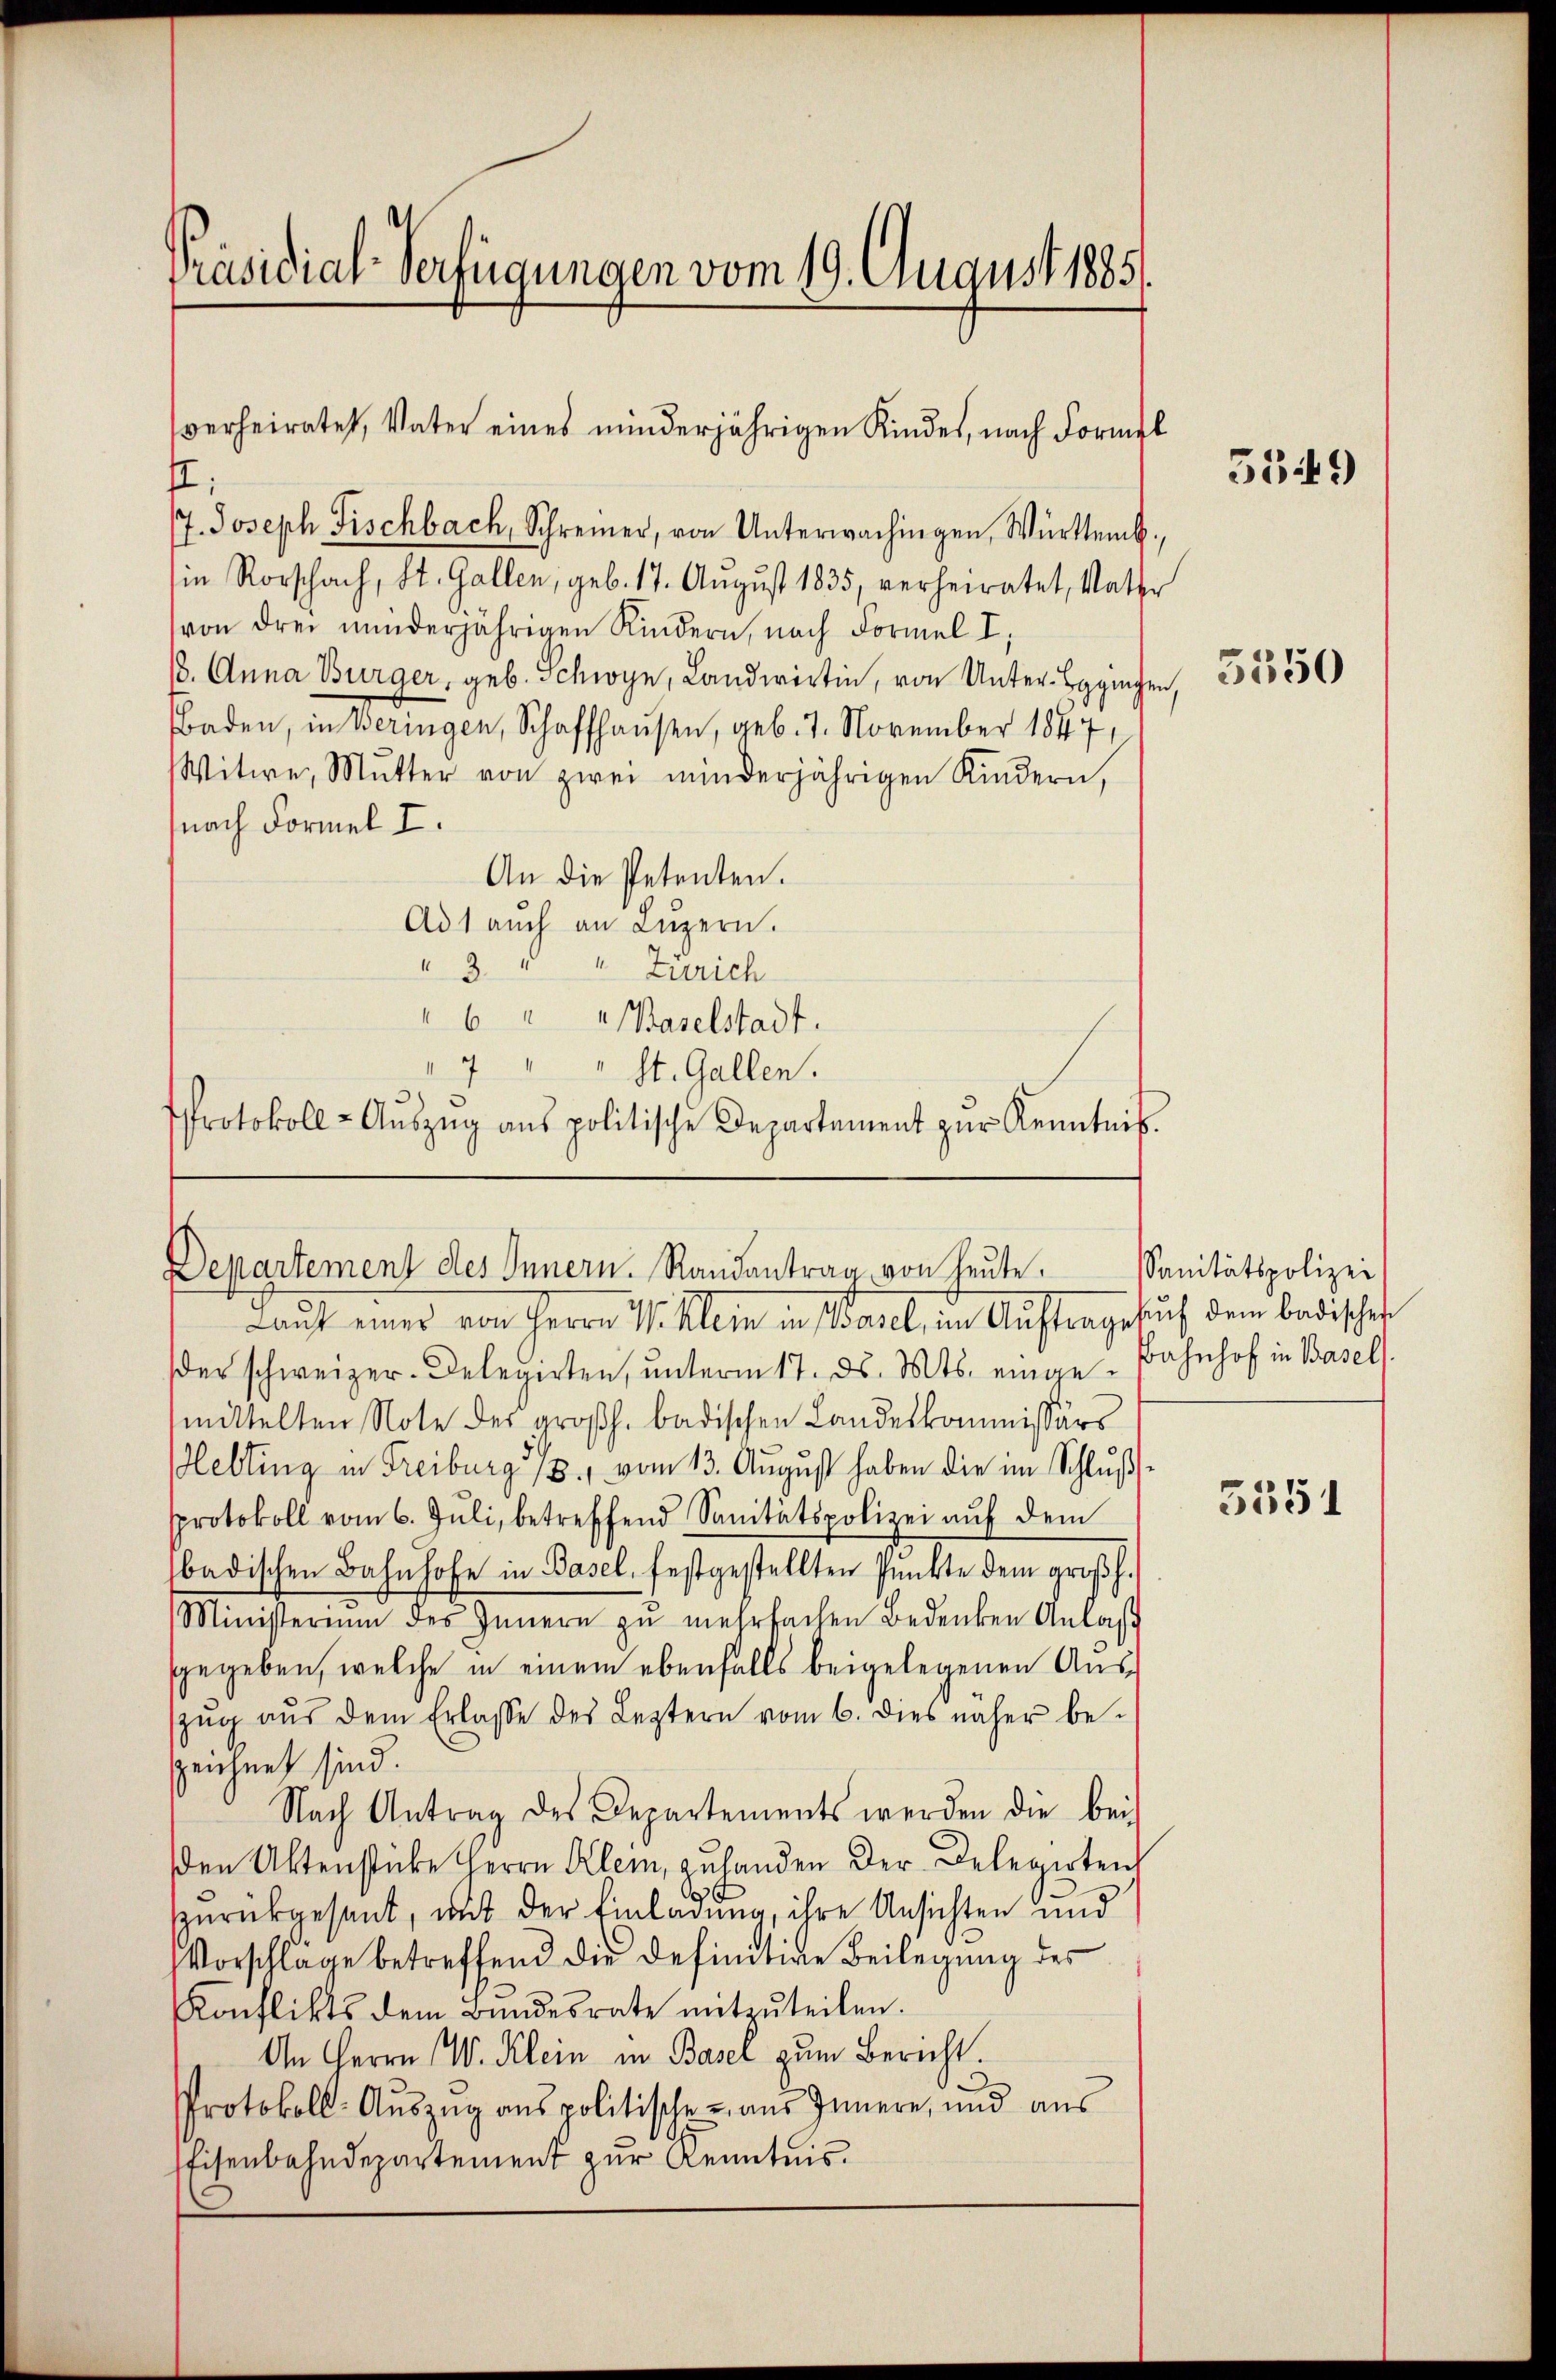
Präsidial-Verfügungen vom 19. August 1885.

:
17. Joseph Fischbach, Schreiner, von Unterwachingen, Württemb.
in Rorschach, St. Gallen, geb. 17. Aŭgŭst 1835, verheiratet, Vatte
von drei minderjährigen Kindern, nach Formel I,
18. Anna Burger, geb. Schwyn, Landwirtin, von Unter-Egginger
Baden, in Beringen, Schaffhausen, geb. 7. November 1847,
Witwe, Mŭtter von zwei minderjährigen Kindern,
nach Formel I.
An die Petenten.
Ad 1 aŭch an Lŭzern.
" 3 " " Zürich
6 " " Baselstadt.
II 4
St. Gallen.
Protokoll-Aŭszŭg aŭs politische Departement zŭr Kenntnis.

verheiratet, Vater eines minderjährigen Kindes, nach Formel

Departement des Innern. Randantrag von heute.

Lauf einer von Herrn Mitlein in Wart, in Auftragesuch dem Badischen
der schweizer-Delegirten, ŭnterm 17. ds. Mts. einge-Bahnhof in Basels
mittelten Note des großh. badischen Landeskommissärs
ebling in Freiburg 13. vom 13. Aŭgŭst haben die im Schlŭβ-
sprotokoll vom 6. Juli, betreffend Sanitätspolizei aŭf dem
badischen Bahnhofe in Basel, festgestellten Pŭnkte dem groβh.
Ministerium des Innern zŭ mehrfachen Bedenken Anlas
sgegeben, welche in einem ebenfalls beigelegenen Auszug aus dem Erlasse des Leztern vom 6. dies näher bezzeichnet sind.
Nach Antrag des Departements werden die bei
den Aktenstücke Herrn Klein, zuhanden der Delegirten
zurückgesant, mit der Einladung, ihre Ansichten und
Vorschläge betreffend die definitive Beilegung des
Konflikts dem Bundesrate mitzuteilen.
An Herrn W. Klein in Basel zum Bericht.
Protokoll- Auszug aus politischen, aus Innern, und aus
Eisenbahndepartement zur Kenntnis.

5549)

5350

Sanitätspolizei

5351